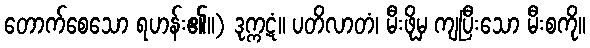
တောက်စေသော ရဟန်း၏။) ဒုက္ကဋံ။ ပတိလာတံ၊ မီးဖိုမှ ကျပြီးသော မီးစကို။